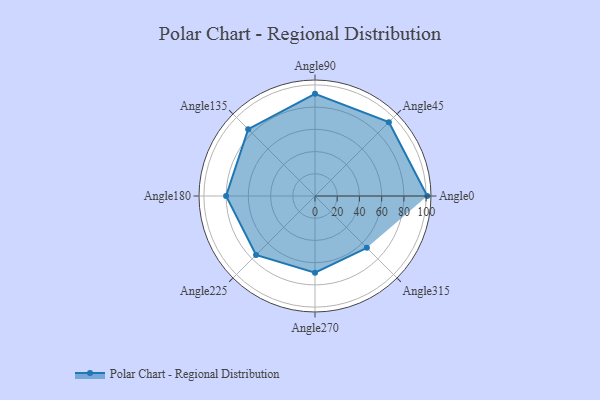
{"axis": {"x": "Angle", "y": "Radius"}, "legend": [""], "data": [{"x": "Angle0", "y": 101.0, "type": ""}, {"x": "Angle45", "y": 94.0, "type": ""}, {"x": "Angle90", "y": 92.0, "type": ""}, {"x": "Angle135", "y": 85.0, "type": ""}, {"x": "Angle180", "y": 80.0, "type": ""}, {"x": "Angle225", "y": 75.0, "type": ""}, {"x": "Angle270", "y": 69.0, "type": ""}, {"x": "Angle315", "y": 66.0, "type": ""}]}